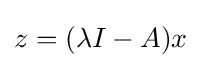
z=(\lambda I-A)x